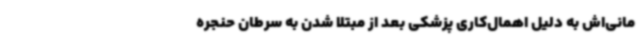
مانی‌اش به دلیل اهمال‌کاری پزشکی بعد از مبتلا شدن به سرطان حنجره